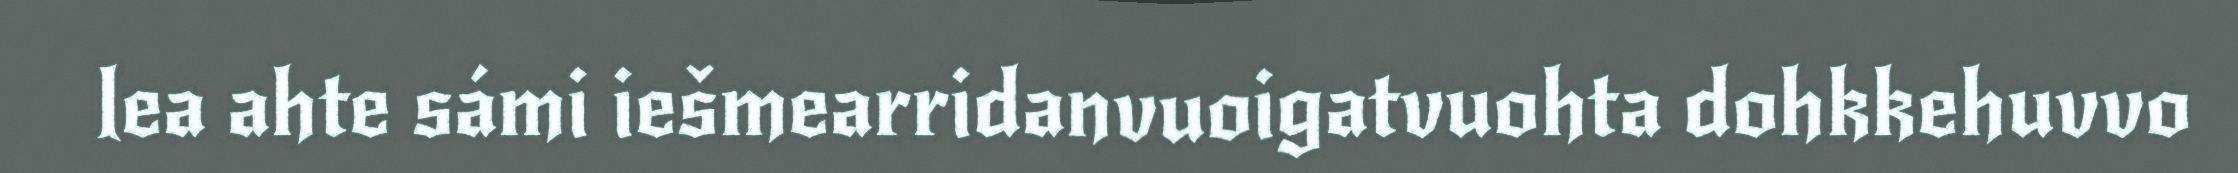
lea ahte sámi iešmearridanvuoigatvuohta dohkkehuvvo